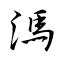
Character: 溤